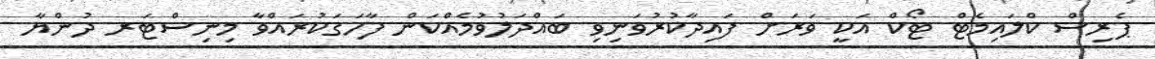
ޕެރިސް ކްލައިމެޓް ޓޯކް އަކީ ވަރަށް ފައިދާކުރުވަނިވި ބައްދަލުވުމެއްކަން ފާހަަގަކުރައްވާ މިނިސްޓަރ ދުންޔާ